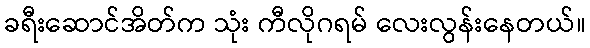
ခရီးဆောင်အိတ်က သုံး ကီလိုဂရမ် လေးလွန်းနေတယ်။